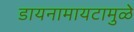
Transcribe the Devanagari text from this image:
डायनामायटामुळे